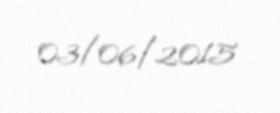
03/06/2015